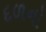
દળનો